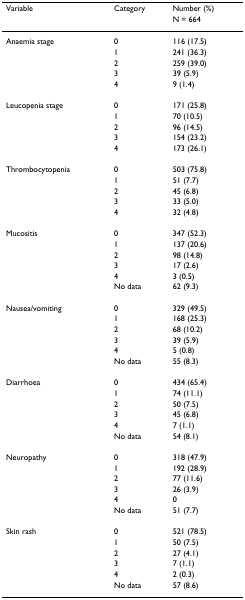
| Variable | Category | Number (%) |
 |  |  | N = 664 |
 | --- | --- | --- |
 | Anaemia stage | 0 | 116 (17.5) |
 |  | 1 | 241 (36.3) |
 |  | 2 | 259 (39.0) |
 |  | 3 | 39 (5.9) |
 |  | 4 | 9 (1.4) |
 | Leucopenia stage | 0 | 171 (25.8) |
 |  | 1 | 70 (10.5) |
 |  | 2 | 96 (14.5) |
 |  | 3 | 154 (23.2) |
 |  | 4 | 173 (26.1) |
 | Thrombocytopenia | 0 | 503 (75.8) |
 |  | 1 | 51 (7.7) |
 |  | 2 | 45 (6.8) |
 |  | 3 | 33 (5.0) |
 |  | 4 | 32 (4.8) |
 | Mucositis | 0 | 347 (52.3) |
 |  | 1 | 137 (20.6) |
 |  | 2 | 98 (14.8) |
 |  | 3 | 17 (2.6) |
 |  | 4 | 3 (0.5) |
 |  | No data | 62 (9.3) |
 | Nausea/vomiting | 0 | 329 (49.5) |
 |  | 1 | 168 (25.3) |
 |  | 2 | 68 (10.2) |
 |  | 3 | 39 (5.9) |
 |  | 4 | 5 (0.8) |
 |  | No data | 55 (8.3) |
 | Diarrhoea | 0 | 434 (65.4) |
 |  | 1 | 74 (11.1) |
 |  | 2 | 50 (7.5) |
 |  | 3 | 45 (6.8) |
 |  | 4 | 7 (1.1) |
 |  | No data | 54 (8.1) |
 | Neuropathy | 0 | 318 (47.9) |
 |  | 1 | 192 (28.9) |
 |  | 2 | 77 (11.6) |
 |  | 3 | 26 (3.9) |
 |  | 4 | 0 |
 |  | No data | 51 (7.7) |
 | Skin rash | 0 | 521 (78.5) |
 |  | 1 | 50 (7.5) |
 |  | 2 | 27 (4.1) |
 |  | 3 | 7 (1.1) |
 |  | 4 | 2 (0.3) |
 |  | No data | 57 (8.6) |